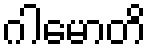
ဂါမောတိ